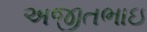
અજીતભાઇ